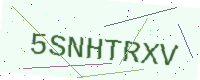
Text: 5SNHTRXV